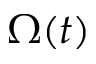
\Omega ( t )